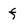
Character: f